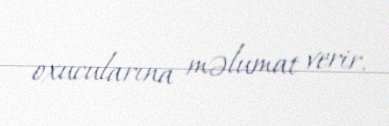
oxucularına məlumat verir.